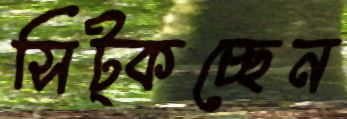
সিট্‌কচ্ছেন